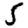
Digit: 5